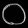
Digit: ၀